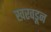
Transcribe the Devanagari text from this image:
खरवडून